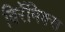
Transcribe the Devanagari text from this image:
विरॅमिक्स